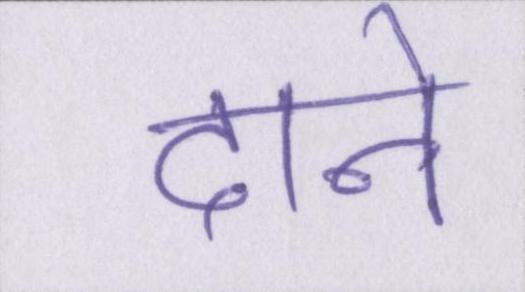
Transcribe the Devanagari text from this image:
दाने